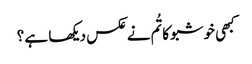
کبھی خوشبو کا تُم نے عکس دیکھا ہے ؟